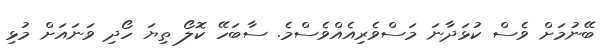
ބޭނުމަށް ވެސް ކުޅަދާނަ މަސްވެރިއެއްވެސްމެ. ސާބަހޭ ކޮލޯ ތިޔަ ހޯދި ވަނައަށް މުޅި